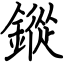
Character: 鏦